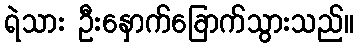
ရဲသား ဦးနှောက်ခြောက်သွားသည်။